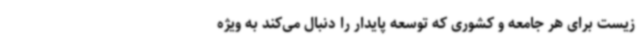
زیست برای هر جامعه و کشوری که توسعه پایدار را دنبال می‌کند به ویژه